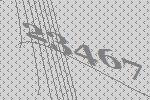
23467